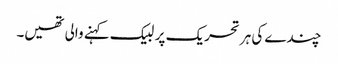
چندے کی ہر تحریک پر لبیک کہنے والی تھیں۔